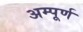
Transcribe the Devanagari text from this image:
अम्पूर्ण